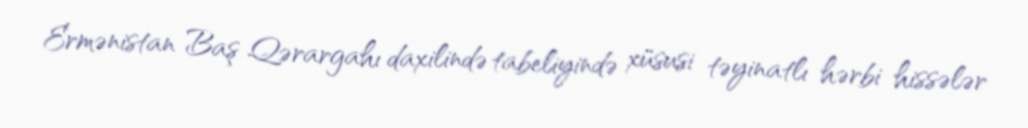
Ermənistan Baş Qərargahı daxilində tabeliyində xüsusi təyinatlı hərbi hissələr